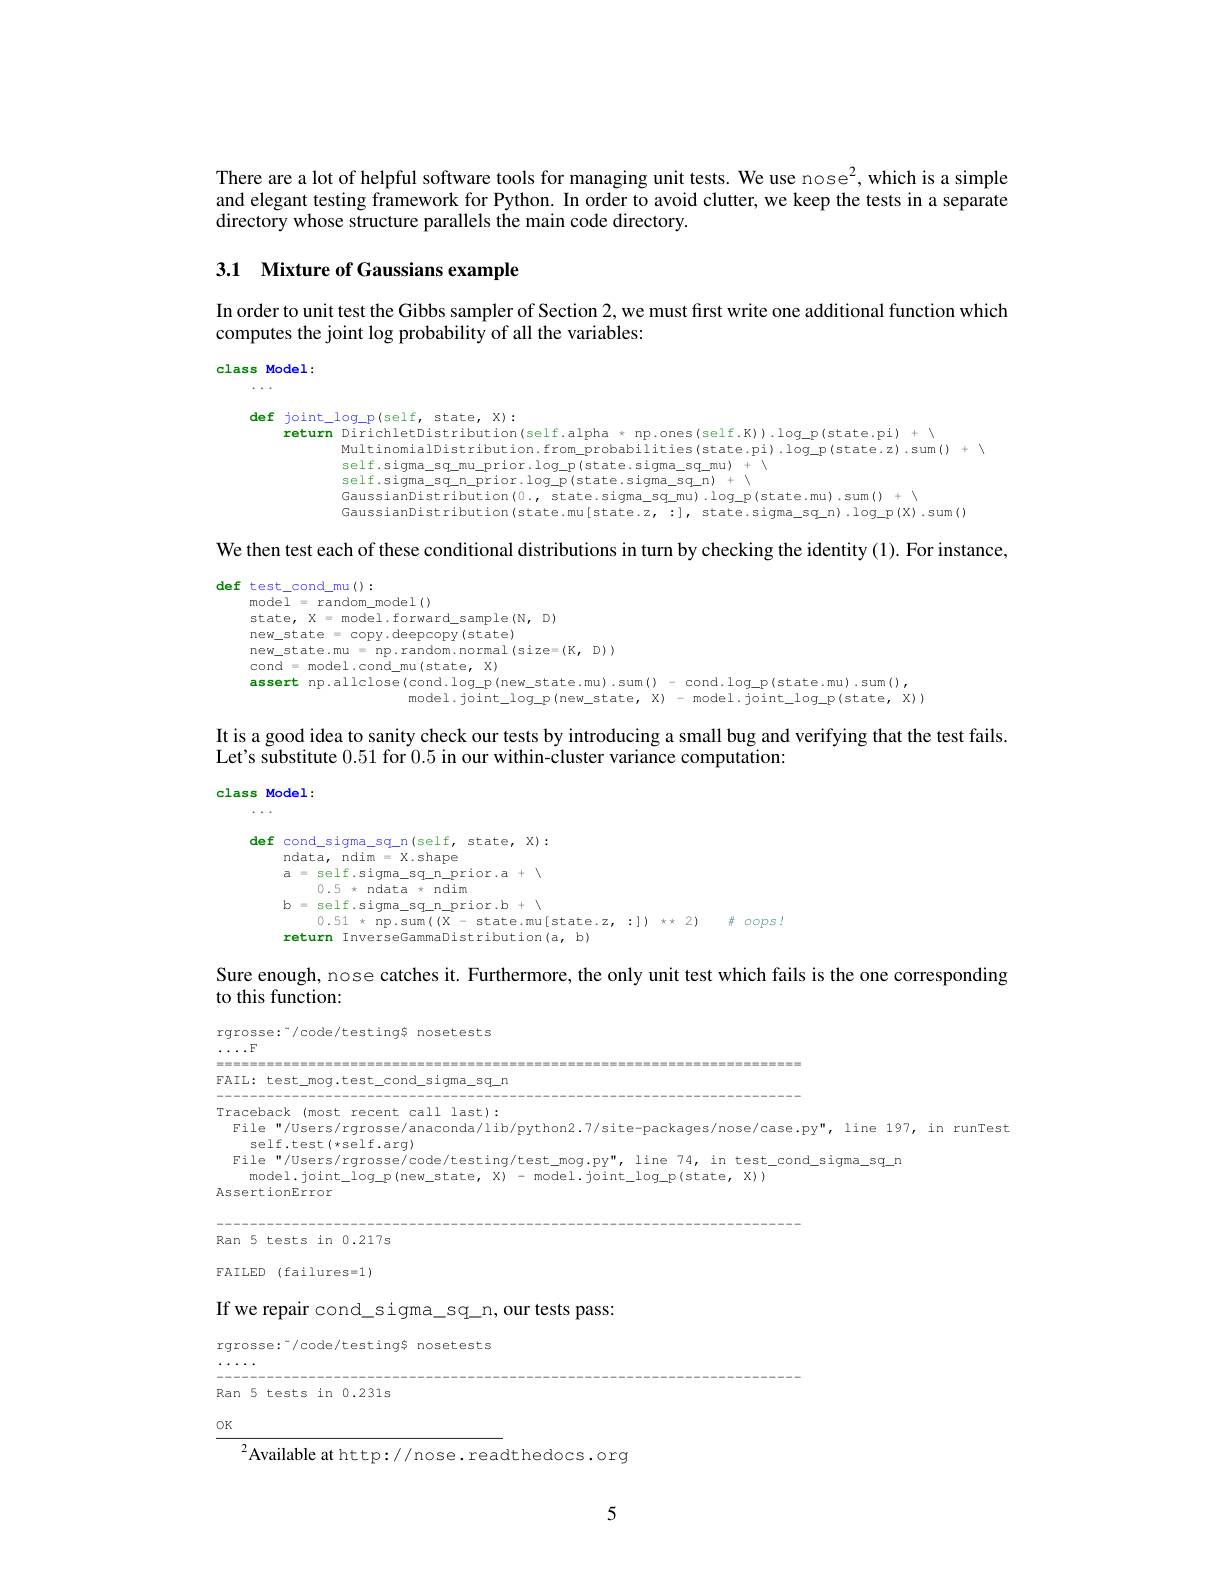
There are a lot of helpful software tools for managing unit tests. We use nose$^2$, which is a simple and elegant testing framework for Python. In order to avoid clutter, we keep the tests in a separate directory whose structure parallels the main code directory.

# 3.1 Mixture of Gaussians example

In order to unit test the Gibbs sampler of Section 2,we must first write one additional function which
computes the joint log probability of all the variables:

class Model:

def joint\_log\_p(self,state,X):
$return DirichletDistribution(self.alpha* np.ones(self.K)).log_p(state.pi)+$
$MultinomialDistribution.from\_probabilities(state.pi).log\_p(state.z).sum()+$
$self.sigma\_sq\_mu\_prior.log\_p(state.sigma_sq_mu)+$ $GaussianDistribution(0., state.sigma_sq_mu).log_p(state.mu).sum()+$
GaussianDistribution(state.mu[state.z,:],state.sigma_sq_n).log_p(X).sum()

We then test each of these conditional distributions in turn by checking the identity (1). For instance,
## def test\_cond\_mu():

model = random\_model()

state, X = model .forward sample $(\mathbb{N}$, D)
new\_state\_copy.deepcopy(state)
new_state.mu = np.random.normal(size=(K,D))
cond = model .cond\_mu(state, X)
assert np.allclose(cond.log\_p(new\_state.mu).sum()-cond.log\_p(state.mu).sum(),
model.joint\_log\_p(new_state,X)-model.joint\_log_p(state,X))

It is a good idea to sanity check our tests by introducing a small bug and verifying that the test fails.
Let's substitute 0.51 for 0.5 in our within-cluster variance computation:

class Model:
$$\begin{aligned}&\text{ef}&&\text{cond_sigma_sq_n(self,state,X):}\\&&&\text{ndata,ndim = X.shape}\\&&&\text{a = self.sigma_sq_prior.a + }\\&&&0.5\:\times\:\mathrm{ndata}\:\times\:\mathrm{ndim}\\&&&\text{b}&&=\text{self.sigma_sq_n_prior.b}\:+\:\setminus\\&&&0.51\:*\:\mathrm{np.sum}((X\:-\:\mathrm{state.mu}[\mathrm{state.}z,\::])\:**\:2)\quad\#\:oops!\\&&&\text{return InverseGammaDistribution(a,b)}\end{aligned}$$
Sure enough, nose catches it. Furthermore, the only unit test which fails is the one corresponding

to this function:

FAIL: test\_mog.test\_cond\_sigma\_sq\_n Traceback (most recent call last): $\begin{aligned}\text{File"/Users/rgrosse/anaconda/lib/python2.7/site-packages/nose/case.py",line 197,in runTest}\\\mathrm{self.test(*self.arq)}\end{aligned}$
File"/Users/rgrosse/code/testing/test\_mog.py",line 74, in test\_cond\_sigma\_sq\_n
model.joint loq p(new state, X) - model.joint loq p(state, X) )
AssertionEror

Ran 5 tests in 0.217s

FAILED (failures=1)

If we repair cond sigma\_sq\_n, our tests pass:

rgrosse:“/code/testing$ nosetests

$\cdots\cdots$ ----

Ran 5 tests in 0.231s

$\underline{0\mathrm{K}}$

$^{2}$Available at http://nose. readthedocs.org

5